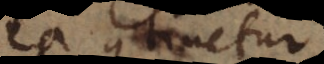
ea continetur,